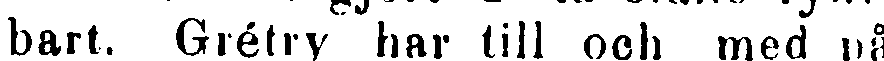
bart. Grétry har till och med på